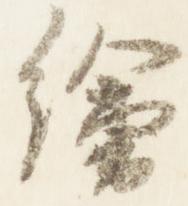
絵